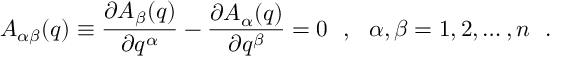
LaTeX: A _ { \alpha \beta } ( q ) \equiv \frac { \partial A _ { \beta } ( q ) } { \partial q ^ { \alpha } } - \frac { \partial A _ { \alpha } ( q ) } { \partial q ^ { \beta } } = 0 \ \ , \ \ \alpha , \beta = 1 , 2 , \dots , n \ \ .